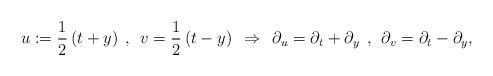
LaTeX: \begin{align*}u:=\frac{1}{2}\,(t+y)\:\:,\:\:v=\frac{1}{2}\,(t-y)\:\:\Rightarrow\:\:\partial_u=\partial_t+\partial_y\:\:,\:\:\partial_v=\partial_t-\partial_y,\end{align*}